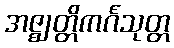
အဇ္ဈတ္တိကင်္ဂသုတ္တ